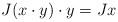
LaTeX: \begin{align*} J (x \cdot y) \cdot y= J x\end{align*}